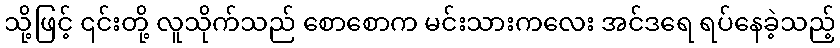
သို့ဖြင့် ၎င်းတို့ လူသိုက်သည် စောစောက မင်းသားကလေး အင်ဒရေ ရပ်နေခဲ့သည့်